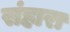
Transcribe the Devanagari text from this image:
संहारा